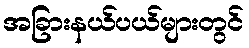
အခြားနယ်ပယ်များတွင်